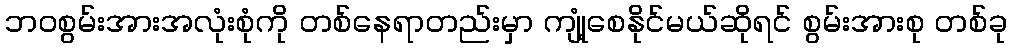
ဘဝစွမ်းအားအလုံးစုံကို တစ်နေရာတည်းမှာ ကျုံ့စေနိုင်မယ်ဆိုရင် စွမ်းအားစု တစ်ခု